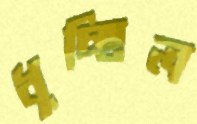
ধুচ্ছিল